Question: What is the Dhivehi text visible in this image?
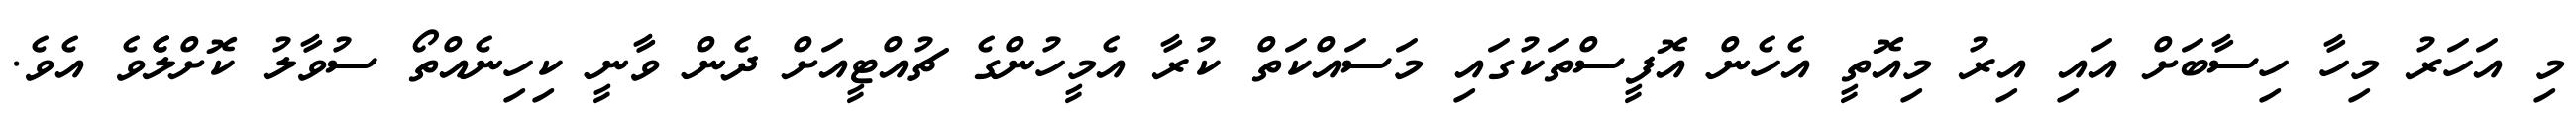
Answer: މި އަހަރު މިހާ ހިސާބަށް އައި އިރު މިއޮތީ އެހެން އޮފީސްތަކުގައި މަސައްކަތް ކުރާ އެމީހުންގެ ޗުއްޓީއަށް ދެން ވާނީ ކިހިނެއްތޯ ސުވާލު ކޮށްލެެވެ އެވެ.